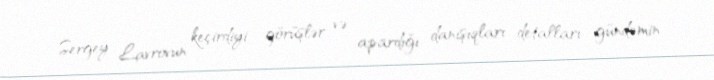
Sergey Lavrovun keçirdiyi görüşlər və apardığı danışıqları detalları gündəmin